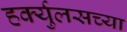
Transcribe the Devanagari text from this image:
हर्क्युलसच्या